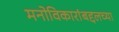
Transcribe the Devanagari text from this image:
मनोविकारांबद्दलच्या